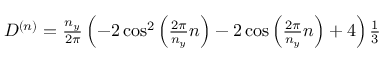
\begin{array} { r } { D ^ { ( n ) } = \frac { n _ { y } } { 2 \pi } \left( - 2 \cos ^ { 2 } \left( \frac { 2 \pi } { n _ { y } } n \right) - 2 \cos \left( \frac { 2 \pi } { n _ { y } } n \right) + 4 \right) \frac { 1 } { 3 } } \end{array}